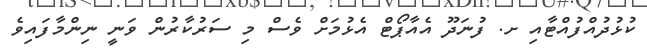
ކުޅުދުއްފުއްޓާއި ށ. ފުނަދޫ އެއާޕޯޓް އެޅުމަށް ވެސް މި ސަރުކާރުން ވަނީ ނިންމާފައިވެ